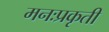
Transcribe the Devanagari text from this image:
मनःप्रकृती